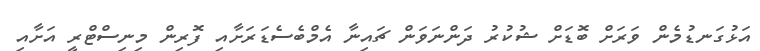
އަޅުގަނޑުމެން ވަރަށް ބޮޑަށް ޝުކުރު ދަންނަވަން ޗައިނާ އެމްބެސެޑަރަށާއި ފޮރިން މިނިސްޓްރީ އަށާއި